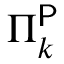
\Pi _ { k } ^ { \mathsf { P } }